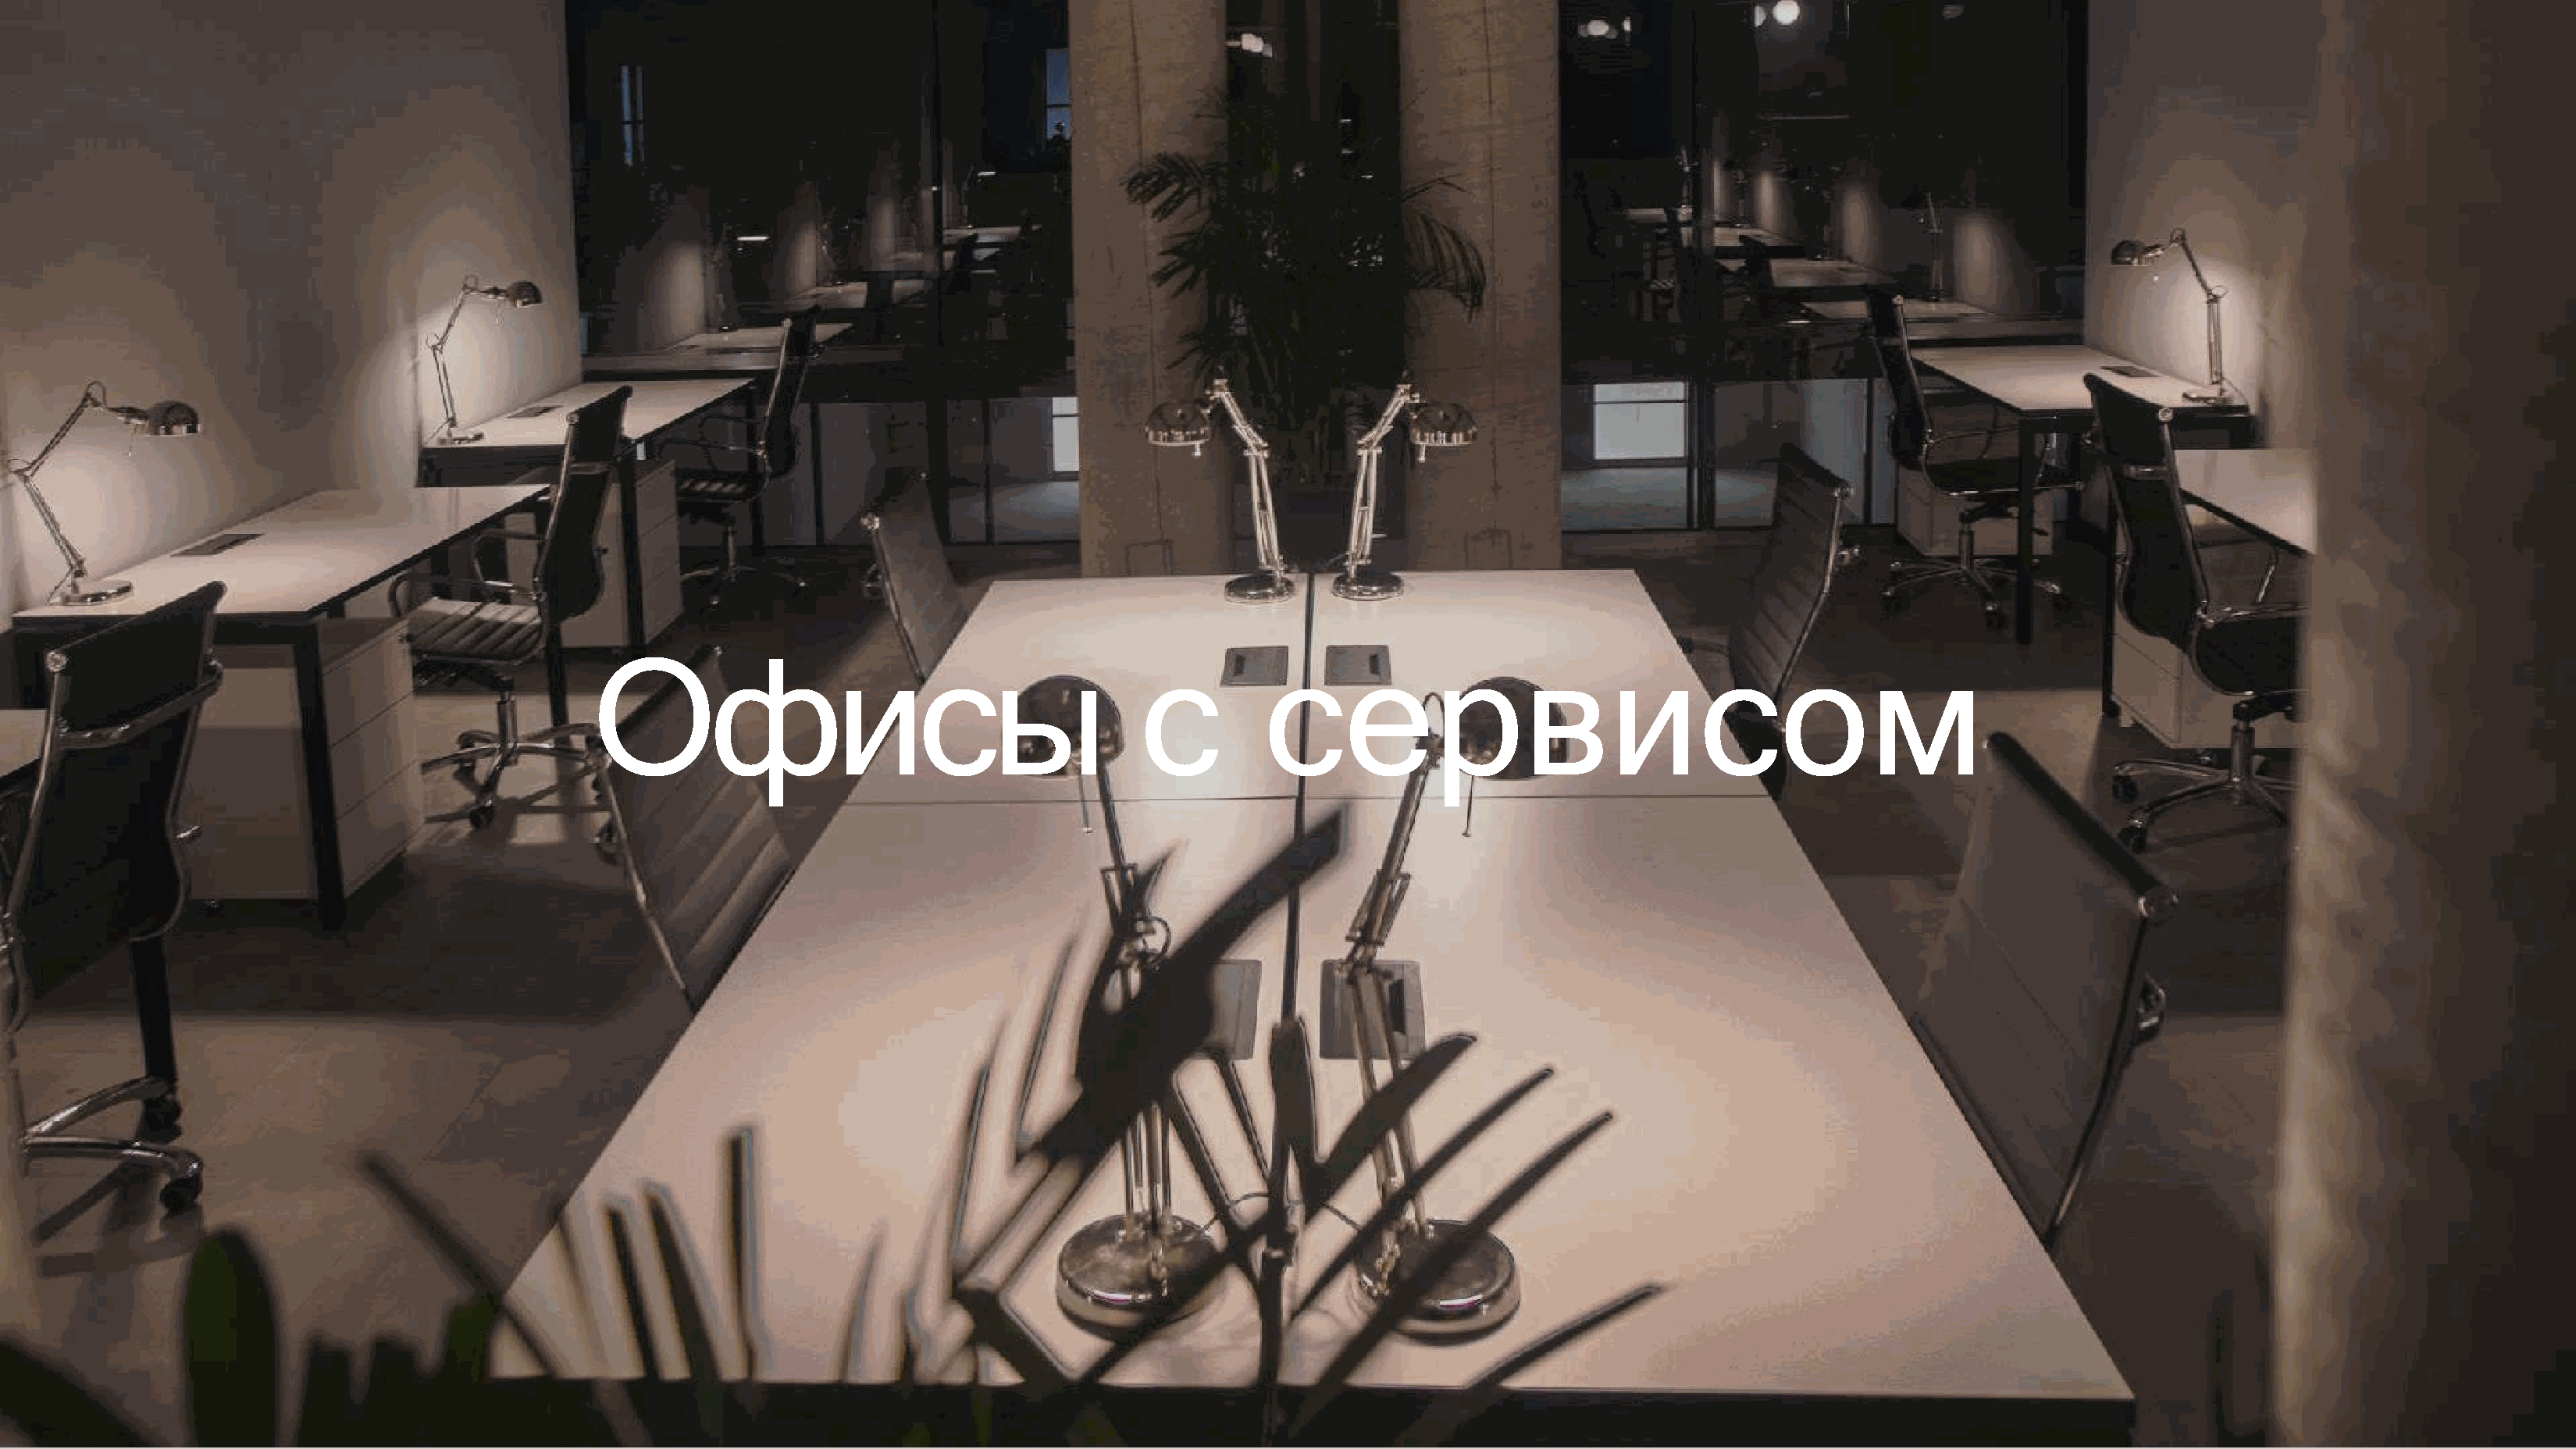
Офисы                                          с         сервисом